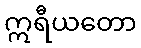
ဣရီယတော